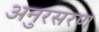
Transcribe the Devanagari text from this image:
अनुरसरण